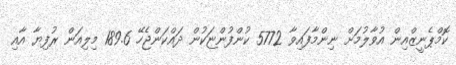
ކޮމްޕެނީޒްއިން އުވާލުމަށް ނިންމާފައިވާ 5772 ކުންފުންޏަކުން ދައްކަންޖެހޭ 189.6 މިލިއަން ރުފިޔާ އާއި